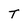
Character: T